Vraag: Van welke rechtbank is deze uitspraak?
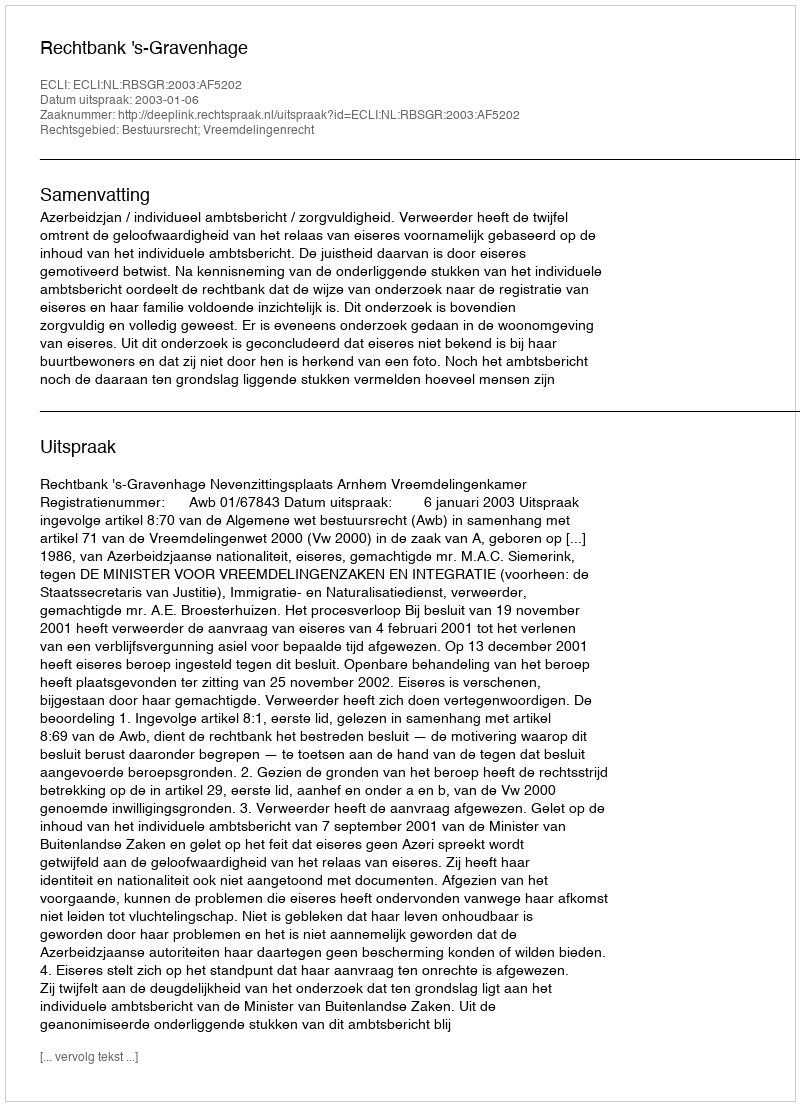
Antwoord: Rechtbank 's-Gravenhage